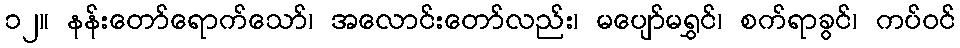
၁၂။ နန်းတော်ရောက်သော်၊ အလောင်းတော်လည်း၊ မပျော်မရွှင်၊ စက်ရာခွင်၊ ကပ်ဝင်